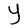
Character: Y